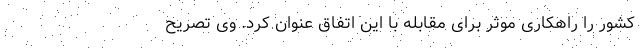
کشور را راهکاری موثر برای مقابله با این اتفاق عنوان کرد. وی تصریح